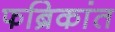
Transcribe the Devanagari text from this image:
फब्रिकांत